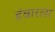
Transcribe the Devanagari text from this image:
हंबारला